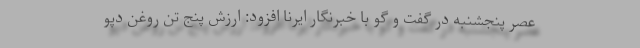
عصر پنجشنبه در گفت و گو با خبرنگار ایرنا افزود: ارزش پنج تن روغن دپو